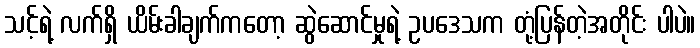
သင့်ရဲ့ လက်ရှိ ယိမ်းခါချက်ကတော့ ဆွဲဆောင်မှုရဲ့ ဥပဒေသက တုံ့ပြန်တဲ့အတိုင်း ပါပဲ။